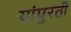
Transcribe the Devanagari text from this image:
यांपुरती